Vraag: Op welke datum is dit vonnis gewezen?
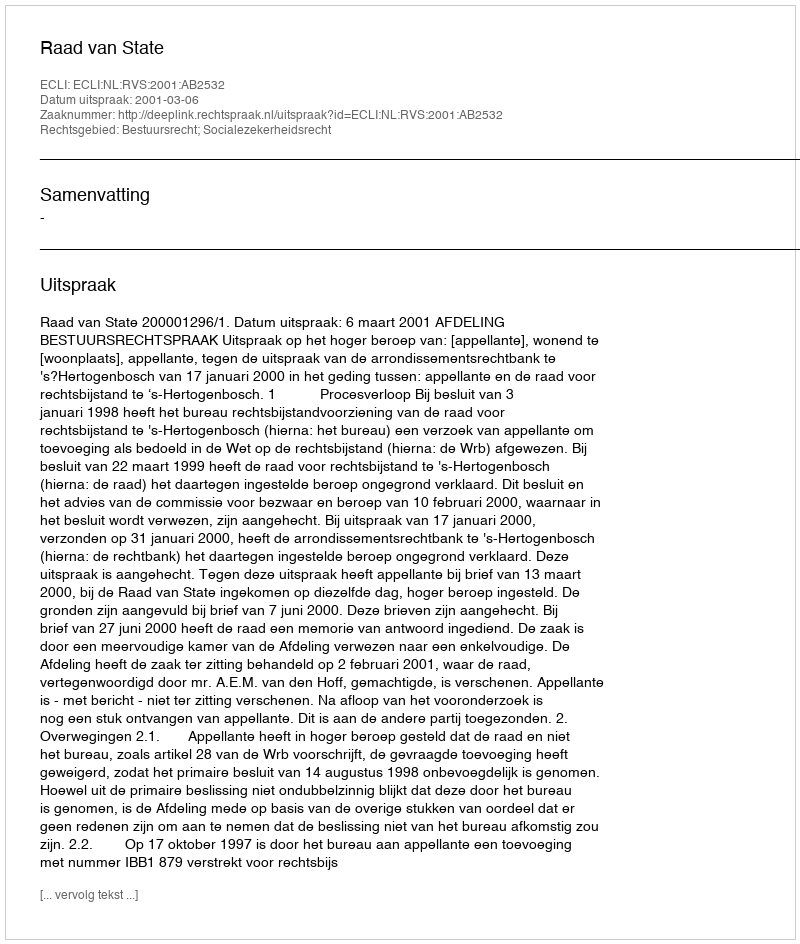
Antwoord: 2001-03-06